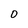
Character: O